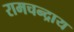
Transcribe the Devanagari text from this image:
रामचन्द्राय